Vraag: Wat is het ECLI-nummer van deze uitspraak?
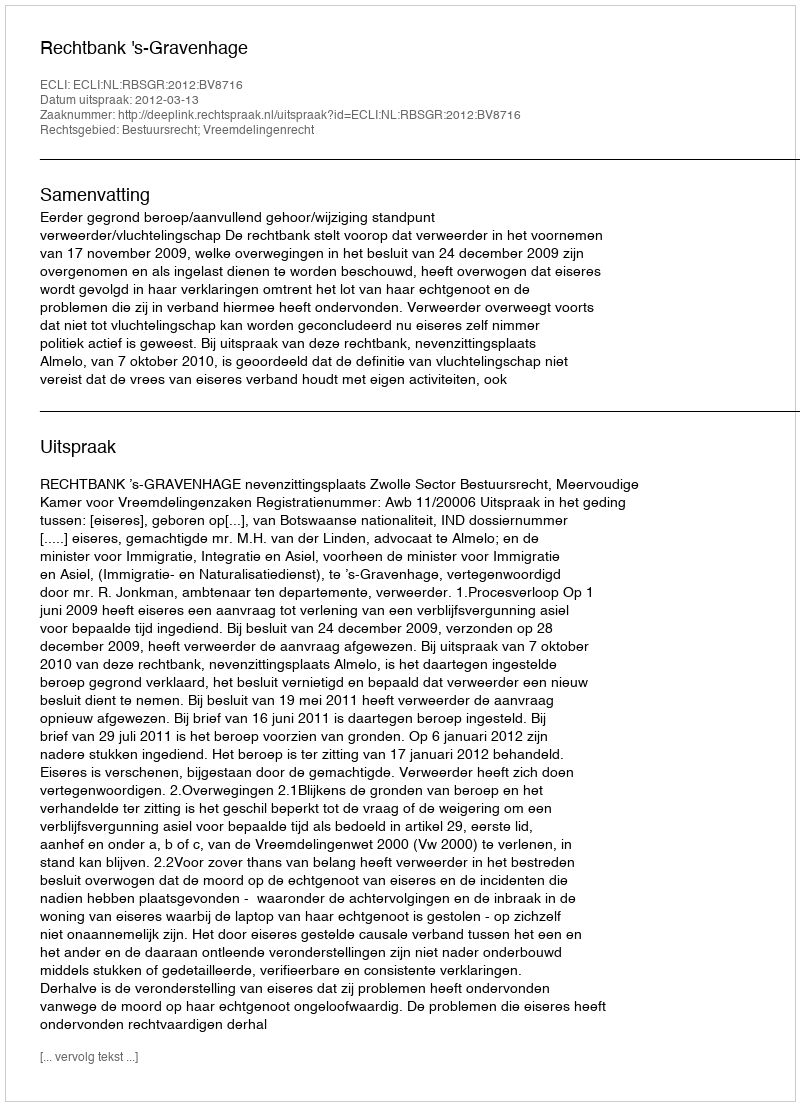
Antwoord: ECLI:NL:RBSGR:2012:BV8716